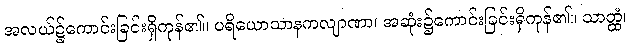
အလယ်၌ကောင်းခြင်းရှိကုန်၏။ ပရိယောသာနကလျာဏာ၊ အဆုံး၌ကောင်းခြင်းရှိကုန်၏။ သာတ္ထံ၊